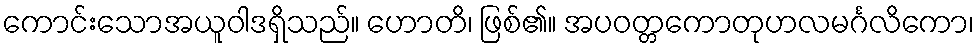
ကောင်းသောအယူဝါဒရှိသည်။ ဟောတိ၊ ဖြစ်၏။ အပဝတ္တကောတုဟလမင်္ဂလိကော၊